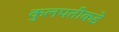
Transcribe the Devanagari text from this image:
कुलपतीकडे